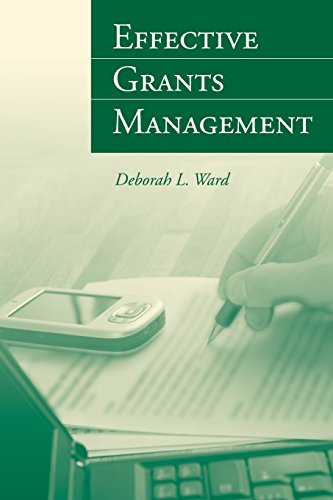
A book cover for Effective Grants Management; Deborah Ward; Business & Money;